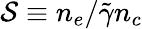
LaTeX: \mathcal{S}\equiv n_{e}/\tilde{\gamma}n_{c}